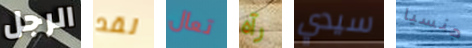
الرجل لقد تعال رآه سيدي جنسيا